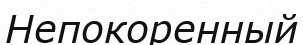
Непокоренный